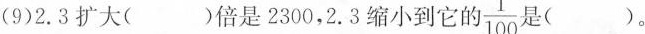
(9)2.3扩大( )倍是2300，2.3缩小到它自 $$\frac{1}{100}$$ 是( )。